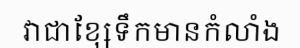
វាជាខ្សែទឹកមានកំលាំង